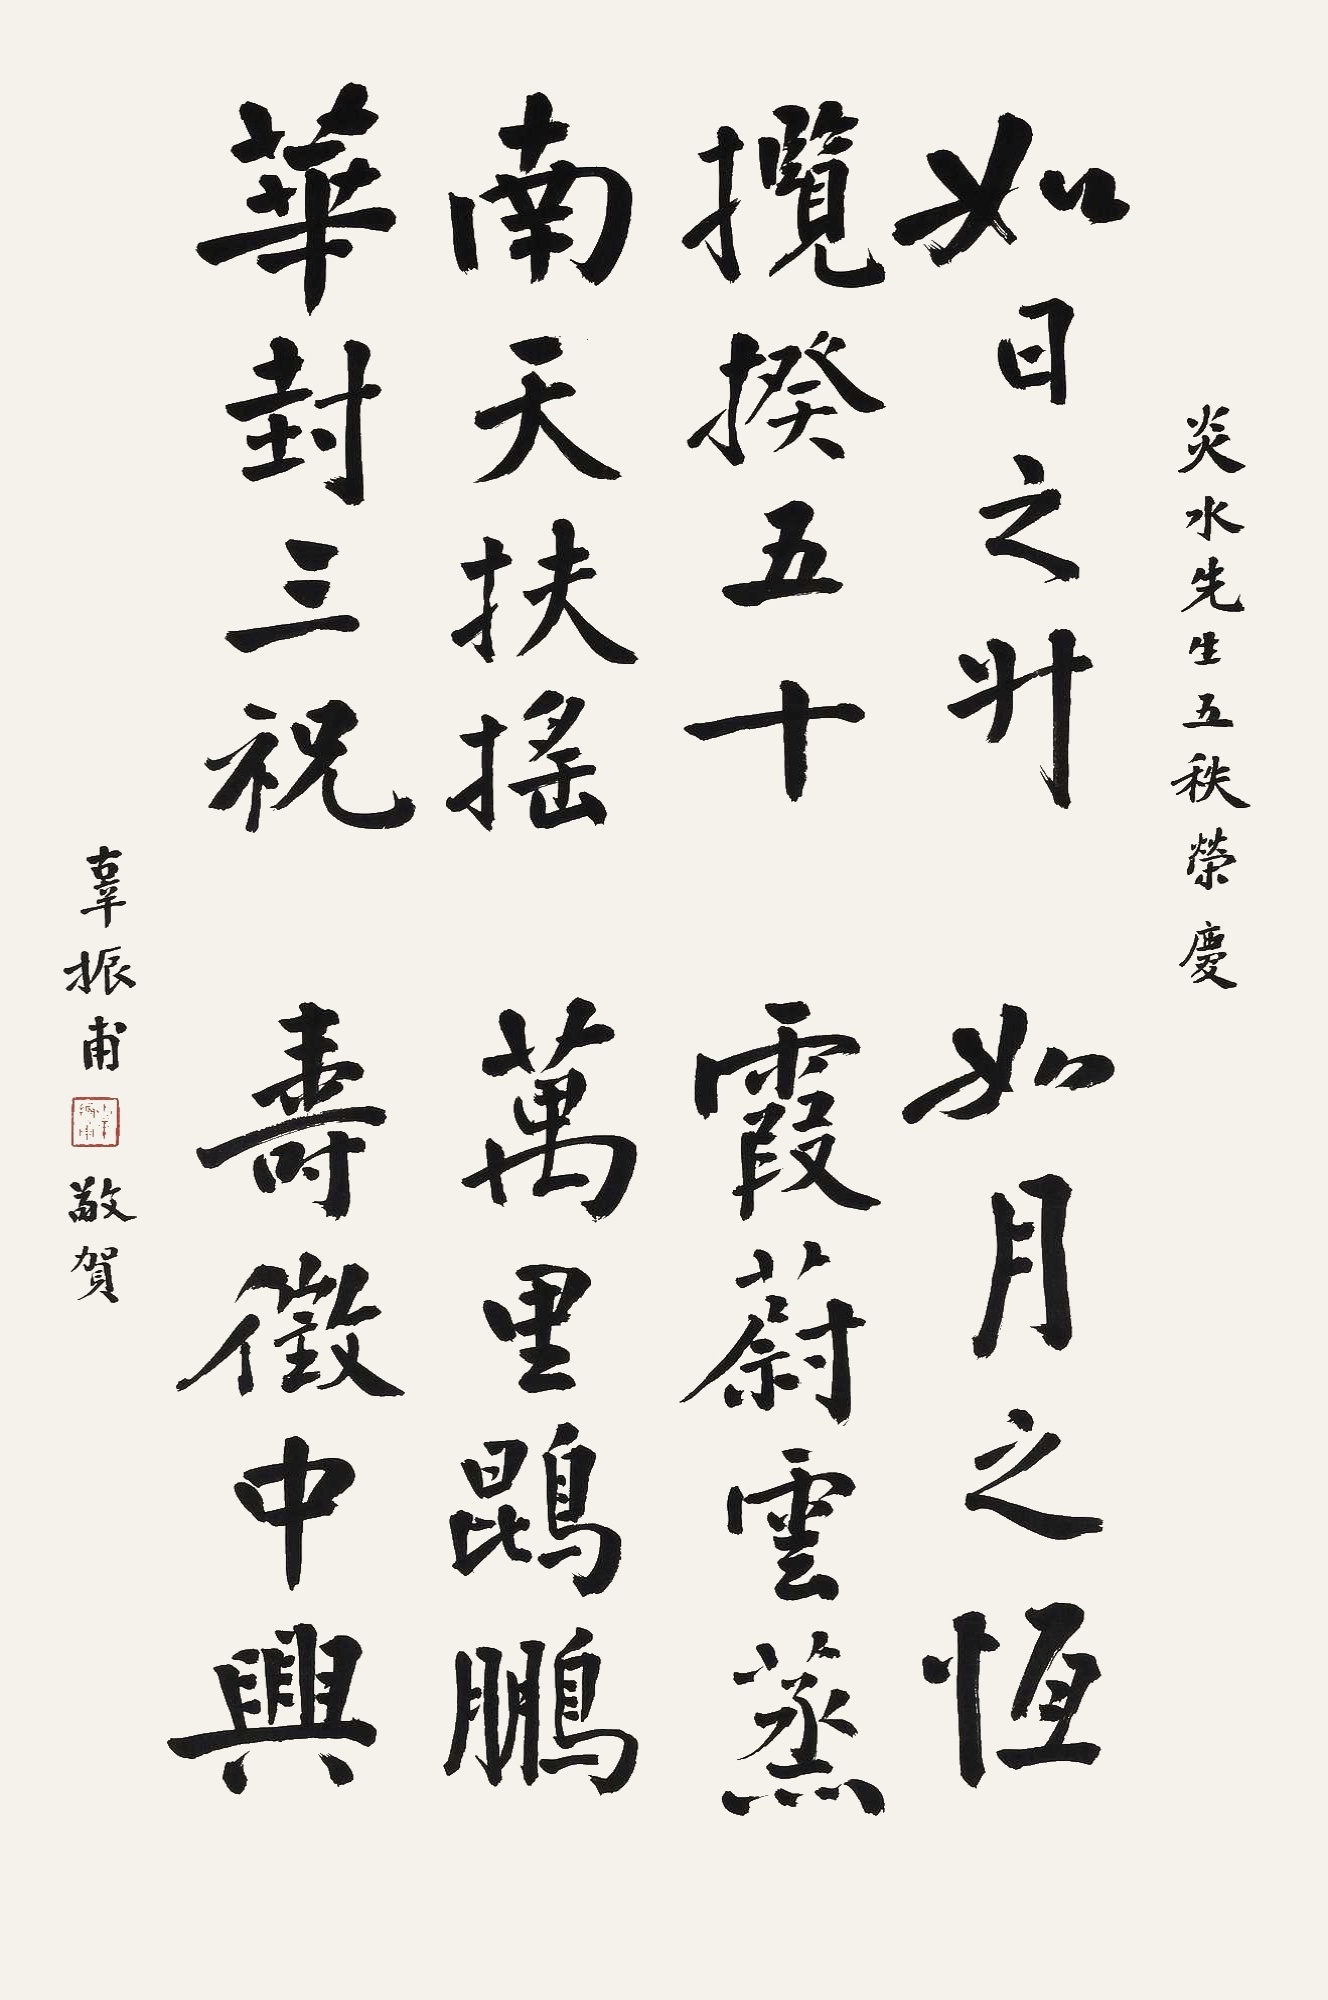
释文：如日之升，如月之恒。揽揆五十，霞蔚云蒸。南天扶摇，万里鲲鹏。华封三祝，寿征中兴。炎水先生五秋荣庆。辜振甫敬贺。